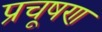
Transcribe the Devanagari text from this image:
प्रचूषण